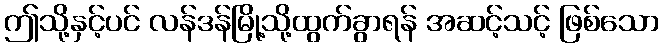
ဤသို့နှင့်ပင် လန်ဒန်မြို့သို့ထွက်ခွာရန် အဆင့်သင့် ဖြစ်သော